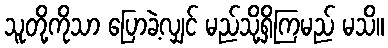
သူတို့ကိုသာ ပြောခဲ့လျှင် မည်သို့ရှိကြမည် မသိ။